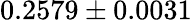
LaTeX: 0.2579\pm 0.0031